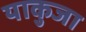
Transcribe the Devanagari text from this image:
याकुजा